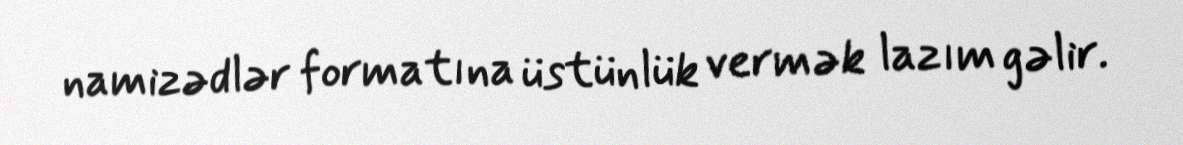
namizədlər formatına üstünlük vermək lazım gəlir.